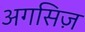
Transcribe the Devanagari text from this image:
अगसिज़